Document type: payment_order
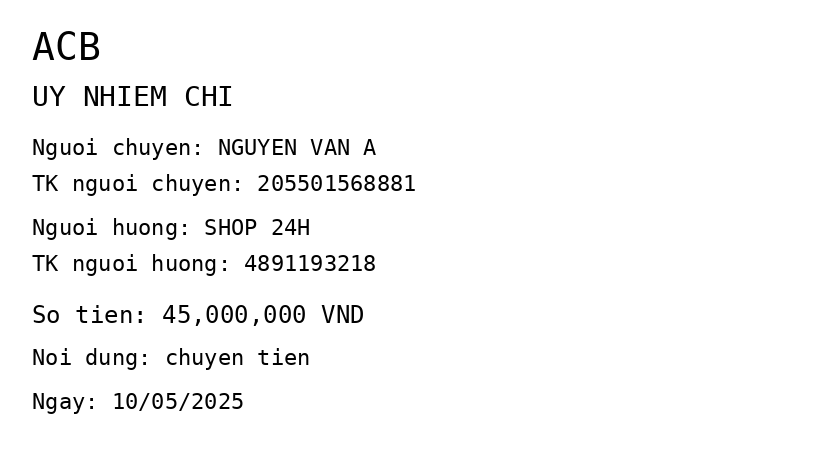
OCR transcript:
ACB
UY NHIEM CHI
Nguoi chuyen: NGUYEN VAN A
TK nguoi chuyen: 205501568881
Nguoi huong: SHOP 24H
TK nguoi huong: 4891193218
So tien: 45,000,000 VND
Noi dung: chuyen tien
Ngay: 10/05/2025
Extracted fields:
bank_name: acb
sender_name: nguyen van a
sender_account: 205501568881
beneficiary_name: shop 24h
beneficiary_account: 4891193218
amount: 45000000
content: chuyen tien
date: 2025-05-10